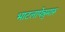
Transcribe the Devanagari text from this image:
भाटलापेन्नुमारू